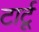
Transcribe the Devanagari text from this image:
टार्टू